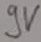
Text: 9V